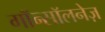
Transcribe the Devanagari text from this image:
गॉन्सॉलनेज़